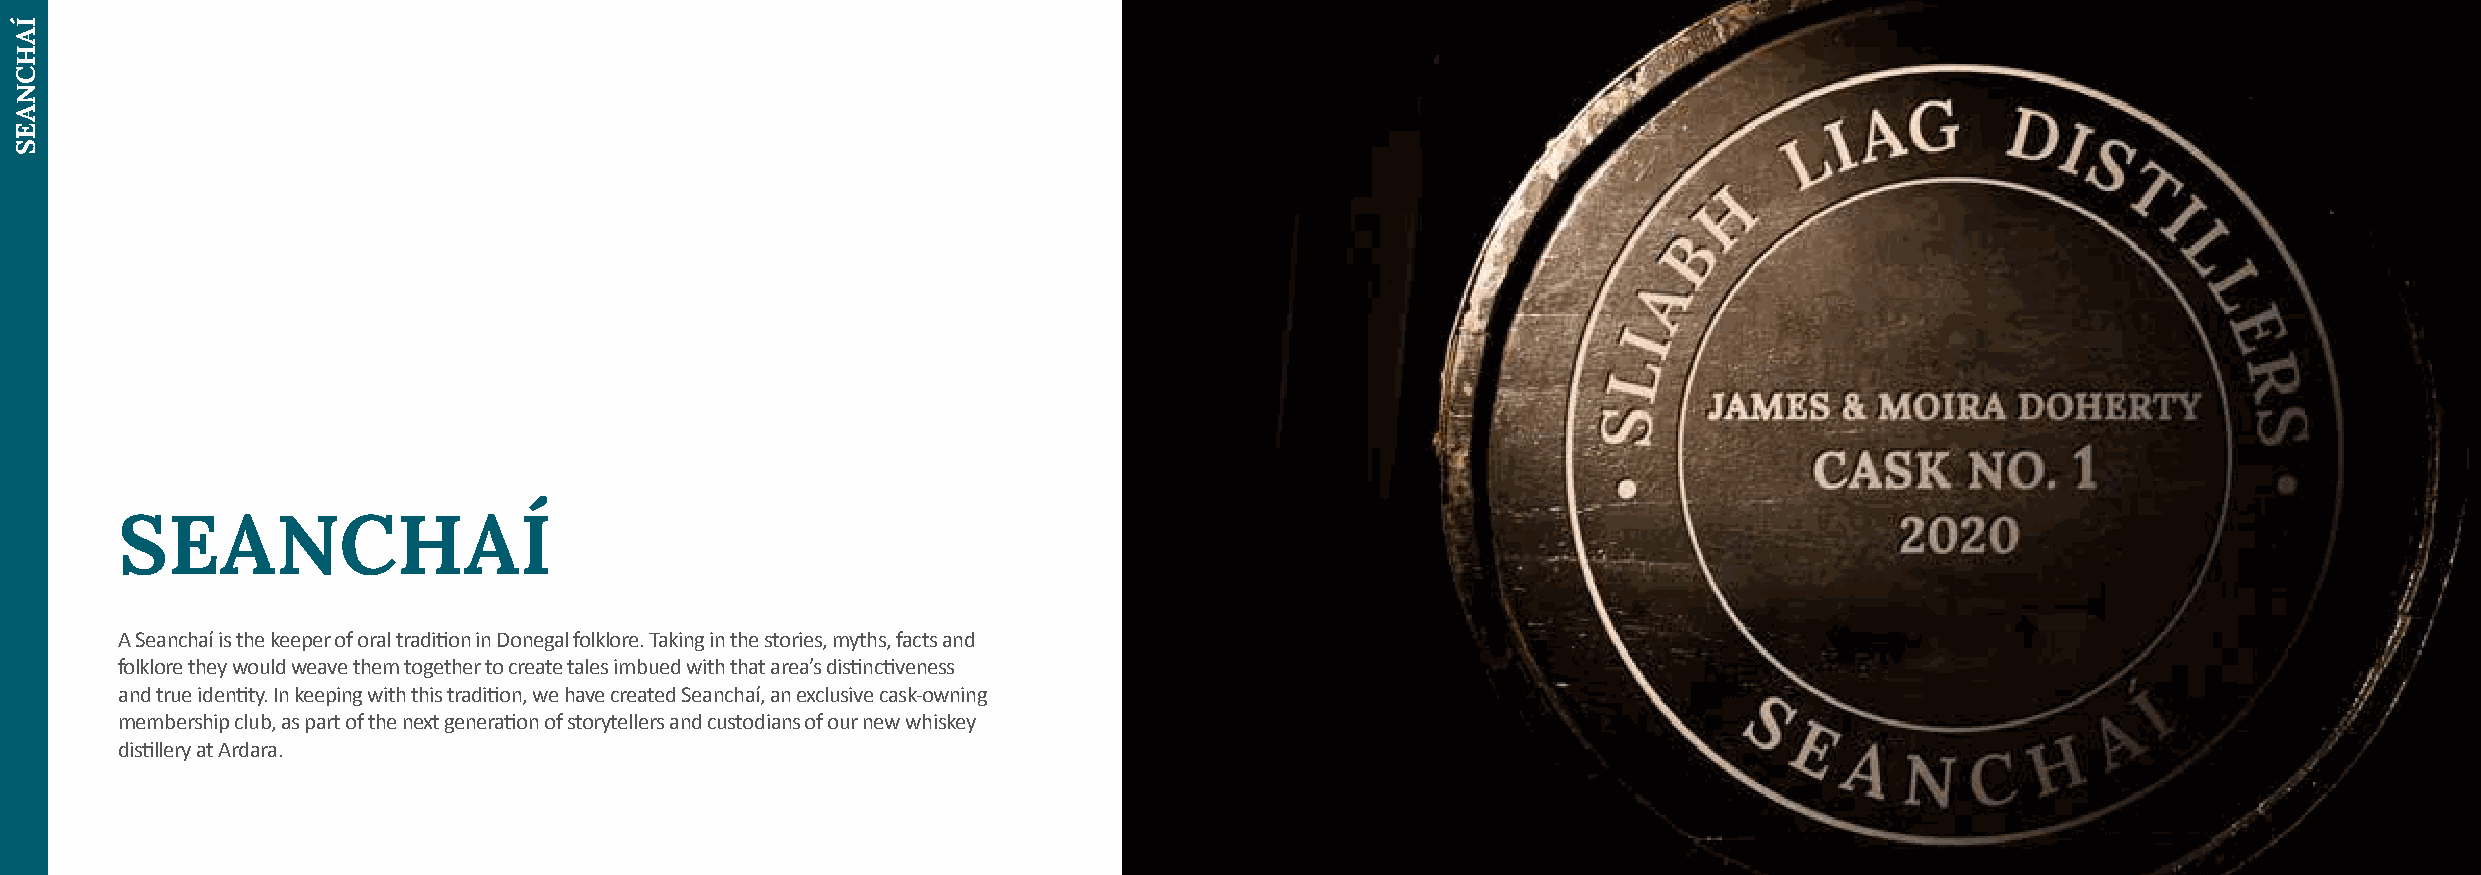
SEANCHAÍ
 A Seanchaí is the keeper of oral tradition in Donegal folklore. Taking in the stories, myths, facts and
 folklore they would weave them together to create tales imbued with that area’s distinctiveness
 and true identity. In keeping with this tradition, we have created Seanchaí, an exclusive cask-owning
 membership club, as part of the next generation of storytellers and custodians of our new whiskey
 distillery at Ardara.
 ÍAHCNAES